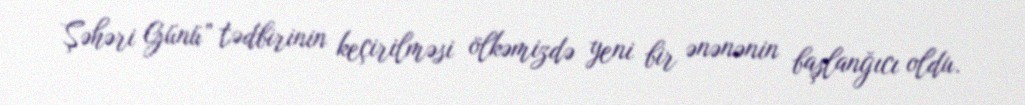
Şəhəri Günü” tədbirinin keçirilməsi ölkəmizdə yeni bir ənənənin başlanğıcı oldu.